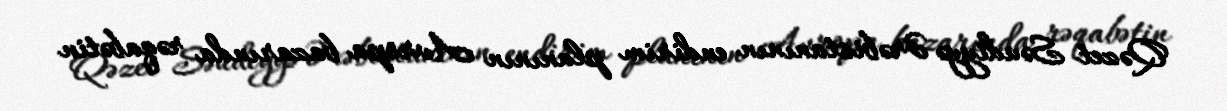
Qəzet Səudiyyə Ərəbistanının endirim planının Avropa bazarında rəqabətin